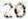
20